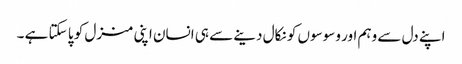
اپنے دل سے وہم اور وسوسوں کو نکال دینے سے ہی انسان اپنی منزل کو پا سکتا ہے ۔